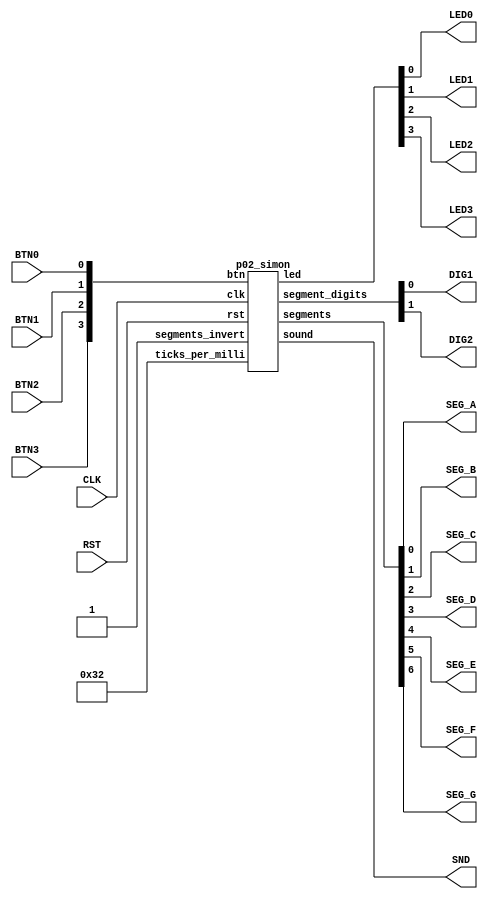
// SPDX-FileCopyrightText:  2023-2024 Uri Shaked <uri@wokwi.com>
// SPDX-License-Identifier: MIT

/*
 * Simon Says game in Verilog. Wokwi Simulation project:
 * https://wokwi.com/projects/397436605640509441
 */

`default_nettype none

module p02_wokwi (
    input  CLK,
    input  RST,
    input  BTN0,
    input  BTN1,
    input  BTN2,
    input  BTN3,
    output LED0,
    output LED1,
    output LED2,
    output LED3,
    output SND,
    output SEG_A,
    output SEG_B,
    output SEG_C,
    output SEG_D,
    output SEG_E,
    output SEG_F,
    output SEG_G,
    output DIG1,
    output DIG2
);

  p02_simon simon1 (
      .clk      (CLK),
      .rst      (RST),
      .ticks_per_milli (16'd50),
      .btn      ({BTN3, BTN2, BTN1, BTN0}),
      .led      ({LED3, LED2, LED1, LED0}),
      .segments_invert(1'b1), // For common anode 7-segment display
      .segments({SEG_G, SEG_F, SEG_E, SEG_D, SEG_C, SEG_B, SEG_A}),
      .segment_digits({DIG2, DIG1}),
      .sound    (SND)
  );

endmodule


module p02_score (
    input wire clk,
    input wire rst,
    input wire ena,
    input wire invert,
    input wire inc,
    output reg [6:0] segments,
    output reg [1:0] digits
);
  reg active_digit;
  reg [3:0] ones;
  reg [3:0] tens;
  wire [3:0] digit_value = active_digit ? tens : ones;

  always @(posedge clk) begin
    active_digit <= ~active_digit;

    if (rst) begin
      ones <= 0;
      tens <= 0;
      active_digit <= 0;
    end else if (inc) begin
      ones <= ones + 1;
      if (ones == 9) begin
        ones <= 0;
        tens <= tens + 1;
        if (tens == 9) begin
          tens <= 0;
        end
      end
    end

    case(active_digit)
      1'b0: digits <= invert ? 2'b10 : 2'b01;
      1'b1: digits <= invert ? 2'b01 : 2'b10;
    endcase

    case (ena ? digit_value : 4'd15)
      4'd0: segments <= invert ? 7'b1000000 : 7'b0111111;
      4'd1: segments <= invert ? 7'b1111001 : 7'b0000110;
      4'd2: segments <= invert ? 7'b0100100 : 7'b1011011;
      4'd3: segments <= invert ? 7'b0110000 : 7'b1001111;
      4'd4: segments <= invert ? 7'b0011001 : 7'b1100110;
      4'd5: segments <= invert ? 7'b0010010 : 7'b1101101;
      4'd6: segments <= invert ? 7'b0000010 : 7'b1111101;
      4'd7: segments <= invert ? 7'b1111000 : 7'b0000111;
      4'd8: segments <= invert ? 7'b0000000 : 7'b1111111;
      4'd9: segments <= invert ? 7'b0010000 : 7'b1101111;
      default: segments <= invert ? 7'b1111111 : 7'b0000000;
    endcase
  end

endmodule


module p02_play (
    input wire clk,
    input wire rst,
    input wire [15:0] ticks_per_milli,
    input wire [9:0] freq,
    output reg sound
);
  reg [31:0] tick_counter;
  wire [31:0] ticks_per_second = ticks_per_milli * 1000;
  wire [31:0] freq32 = {22'b0, freq};

  always @(posedge clk) begin
    if (rst) begin
      tick_counter <= 0;
      sound <= 0;
    end else if (freq == 0) begin
      sound <= 0;
    end else begin
      tick_counter <= tick_counter + freq32;
      if (tick_counter >= (ticks_per_second >> 1)) begin
        sound <= !sound;
        tick_counter <= tick_counter + freq32 - (ticks_per_second >> 1);
      end
    end
  end

endmodule

module p02_simon (
    input wire clk,
    input wire rst,
    input wire [15:0] ticks_per_milli,
    input wire [3:0] btn,
    input wire segments_invert,
    output reg [3:0] led,
    output wire sound,
    output wire [6:0] segments,
    output wire [1:0] segment_digits
);

  localparam MAX_GAME_LEN = 32;

  wire [9:0] GAME_TONES[3:0];
  assign GAME_TONES[0] = 196;  // G3
  assign GAME_TONES[1] = 262;  // C4
  assign GAME_TONES[2] = 330;  // E4
  assign GAME_TONES[3] = 784;  // G5

  wire [9:0] SUCCESS_TONES[6:0];
  assign SUCCESS_TONES[0] = 330;  // E4
  assign SUCCESS_TONES[1] = 392;  // G4
  assign SUCCESS_TONES[2] = 659;  // E5
  assign SUCCESS_TONES[3] = 523;  // C5
  assign SUCCESS_TONES[4] = 587;  // D5
  assign SUCCESS_TONES[5] = 784;  // G5
  assign SUCCESS_TONES[6] = 0;  // silence

  wire [9:0] GAMEOVER_TONES[3:0];
  assign GAMEOVER_TONES[0] = 622;  // D#5
  assign GAMEOVER_TONES[1] = 587;  // D5
  assign GAMEOVER_TONES[2] = 554;  // C#5
  assign GAMEOVER_TONES[3] = 523;  // C5

  localparam StatePowerOn = 0;
  localparam StateInit = 1;
  localparam StatePlay = 2;
  localparam StatePlayWait = 3;
  localparam StateUserWait = 4;
  localparam StateWaitButtonRelease = 5;
  localparam StateUserInput = 6;
  localparam StateNextLevel = 7;
  localparam StateGameOver = 8;

  reg [4:0] seq_counter;
  reg [4:0] seq_length;
  reg [1:0] seq[MAX_GAME_LEN-1:0];
  reg [3:0] state;

  reg [15:0] tick_counter;
  reg [9:0] millis_counter;
  reg [2:0] tone_sequence_counter;
  reg [9:0] sound_freq;

  reg [1:0] next_random;
  reg [1:0] user_input;
  reg [3:0] prev_btn;
  reg button_released;
  reg score_inc;
  reg score_rst;
  reg score_ena;

  p02_play play1 (
      .clk(clk),
      .rst(rst),
      .ticks_per_milli(ticks_per_milli),
      .freq(sound_freq),
      .sound(sound)
  );

  p02_score score1 (
      .clk(clk),
      .rst(rst | score_rst),
      .ena(score_ena),
      .inc(score_inc),
      .invert(segments_invert),
      .segments(segments),
      .digits(segment_digits)
  );

  always @(posedge clk) begin
    if (rst) begin
      seq_length <= 0;
      seq_counter <= 0;
      tick_counter <= 0;
      millis_counter <= 0;
      sound_freq <= 0;
      next_random <= 0;
      state <= StatePowerOn;
      seq[0] <= 0;
      led <= 4'b0000;
      user_input <= 0;
      prev_btn <= 0;
      button_released <= 0;
      score_inc <= 0;
      score_rst <= 0;
      score_ena <= 0;
    end else begin
      tick_counter <= tick_counter + 1;
      next_random  <= next_random + 1;
      score_inc <= 0;
      score_rst <= 0;

      if (tick_counter == ticks_per_milli - 1) begin
        tick_counter   <= 0;
        millis_counter <= millis_counter + 1;
      end

      case (state)
        StatePowerOn: begin
          led <= 4'b1111;
          led[millis_counter[9:8]] <= 1'b0;
          // Wait until the user presses some button - the delay will seed the random sequence
          if (btn != 0) begin
            state <= StateInit;
            led <= 4'b0000;
            millis_counter <= 0;
            score_ena <= 1;
            seq[0] <= next_random;
          end
        end
        StateInit: begin
          seq_length <= 1;
          seq_counter <= 0;
          tone_sequence_counter <= 0;
          if (millis_counter == 500) begin
            score_rst <= 1;
            state <= StatePlay;
          end
        end
        StatePlay: begin
          led <= 0;
          led[seq[seq_counter]] <= 1'b1;
          sound_freq <= GAME_TONES[seq[seq_counter]];
          millis_counter <= 0;
          state <= StatePlayWait;
        end
        StatePlayWait: begin
          if (millis_counter == 300) begin
            led <= 0;
            sound_freq <= 0;
          end
          if (millis_counter == 400) begin
            if (seq_counter + 1 == seq_length) begin
              state <= StateUserWait;
              millis_counter <= 0;
              seq_counter <= 0;
            end else begin
              seq_counter <= seq_counter + 1;
              state <= StatePlay;
            end
          end
        end
        StateUserWait: begin
          led <= 0;
          millis_counter <= 0;
          if (btn != 0) begin
            state <= StateUserInput;
            prev_btn <= btn;
            button_released <= 0;
            seq[seq_length] <= next_random;
            case (btn)
              4'b0001: user_input <= 0;
              4'b0010: user_input <= 1;
              4'b0100: user_input <= 2;
              4'b1000: user_input <= 3;
              default: state <= StateUserWait;
            endcase
          end
        end
        StateUserInput: begin
          led <= 0;
          led[user_input] <= 1'b1;
          sound_freq <= GAME_TONES[user_input];
          if (millis_counter > 50 && btn != prev_btn) begin
            button_released <= 1;
          end
          if (millis_counter == 300) begin
            sound_freq <= 0;
            if (user_input == seq[seq_counter]) begin
              if (seq_counter + 1 == seq_length) begin
                millis_counter <= 0;
                seq_length <= seq_length + 1;
                state <= StateNextLevel;
                score_inc <= 1;
              end else begin
                seq_counter <= seq_counter + 1;
                state <= ~button_released && btn == 0 ? StateUserWait : StateWaitButtonRelease;
              end
            end else begin
              millis_counter <= 0;
              state <= StateGameOver;
            end
          end
        end
        StateWaitButtonRelease: begin
          millis_counter <= 0;
          if (btn != prev_btn) begin
            millis_counter <= millis_counter + 1;  // debounce
            if (millis_counter == 10) begin
              state <= StateUserWait;
            end
          end
        end
        StateNextLevel: begin
          led <= 0;
          if (millis_counter == 150) begin
            if (tone_sequence_counter < 7) begin
              sound_freq <= SUCCESS_TONES[tone_sequence_counter];
            end else begin
              sound_freq <= 0;
              tone_sequence_counter <= 0;
              seq_counter <= 0;
              state <= StatePlay;
            end
            tone_sequence_counter <= tone_sequence_counter + 1;
            millis_counter <= 0;
          end
        end
        StateGameOver: begin
          led <= millis_counter[7] ? 4'b1111 : 4'b0000;

          if (tone_sequence_counter == 4) begin
            // trembling sound
            sound_freq <= GAMEOVER_TONES[3] - 16 + {5'b0, millis_counter[4:0]};
            if (millis_counter == 1000) begin
              tone_sequence_counter <= 7;
              sound_freq <= 0;
            end
          end else if (millis_counter == 300) begin
            if (tone_sequence_counter < 4) begin
              sound_freq <= GAMEOVER_TONES[tone_sequence_counter[1:0]];
              tone_sequence_counter <= tone_sequence_counter + 1;
            end
            millis_counter <= 0;
          end

          if ((btn != 0) && (tone_sequence_counter == 7)) begin
            led <= 4'b0000;
            sound_freq <= 0;
            millis_counter <= 0;
            seq[0] <= next_random;
            state <= StateInit;
          end
        end
      endcase
    end
  end

endmodule